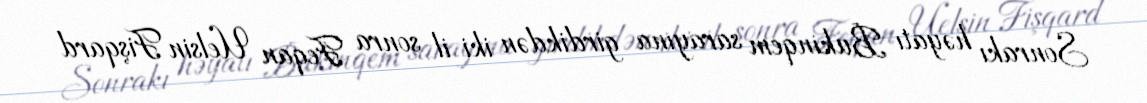
Sonrakı həyatı Bukinqem sarayına girdikdən iki il sonra Feqan Uelsin Fişqard